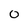
Character: 0